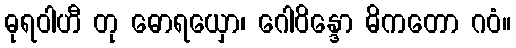
ဓုရဝါဟီ တု ဓောရယှော၊ ဂေါဝိန္ဒော ဓိကတော ဂဝံ။